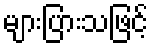
များပြားသဖြင့်